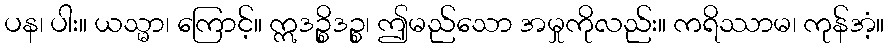
ပန၊ ပါး။ ယသ္မာ၊ ကြောင့်။ ဣဒဉ္စိဒဉ္စ၊ ဤမည်သော အမှုကိုလည်း။ ကရိဿာမ၊ ကုန်အံ့။